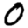
Digit: 0